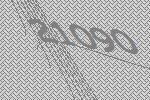
21090